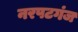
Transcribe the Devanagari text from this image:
नरपटगंज